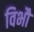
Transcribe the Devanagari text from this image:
विभौ